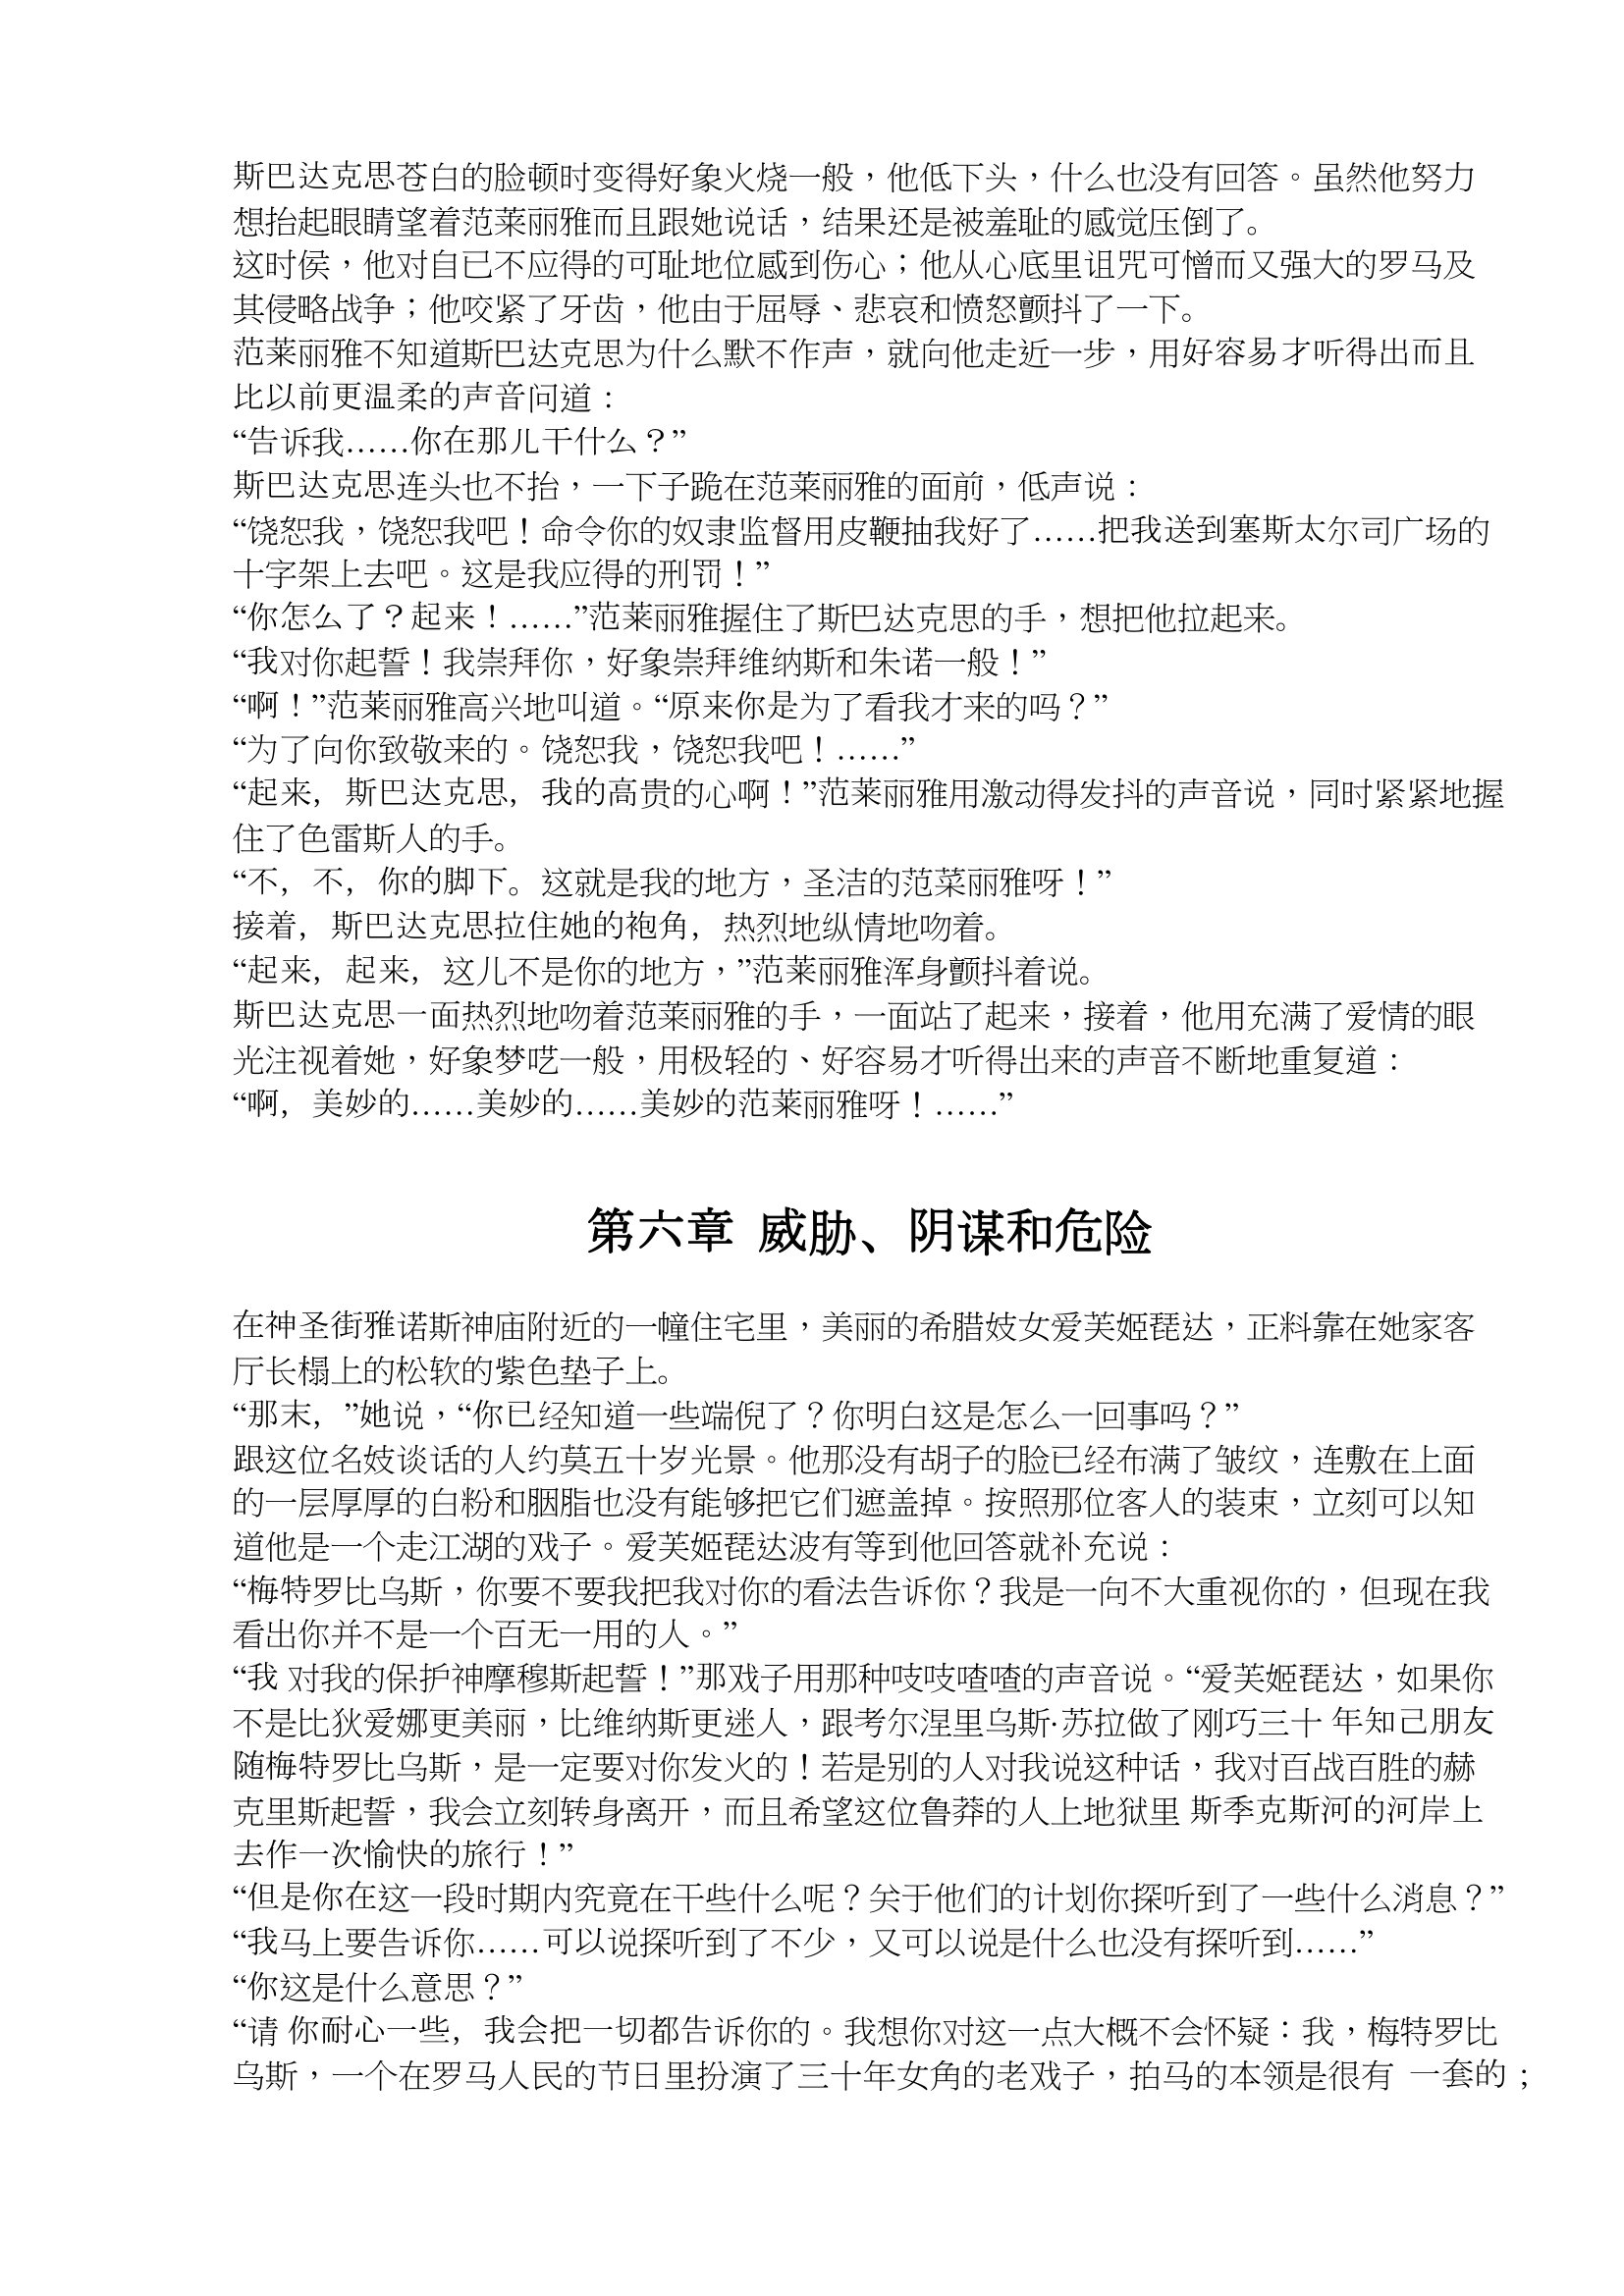
Language: zh